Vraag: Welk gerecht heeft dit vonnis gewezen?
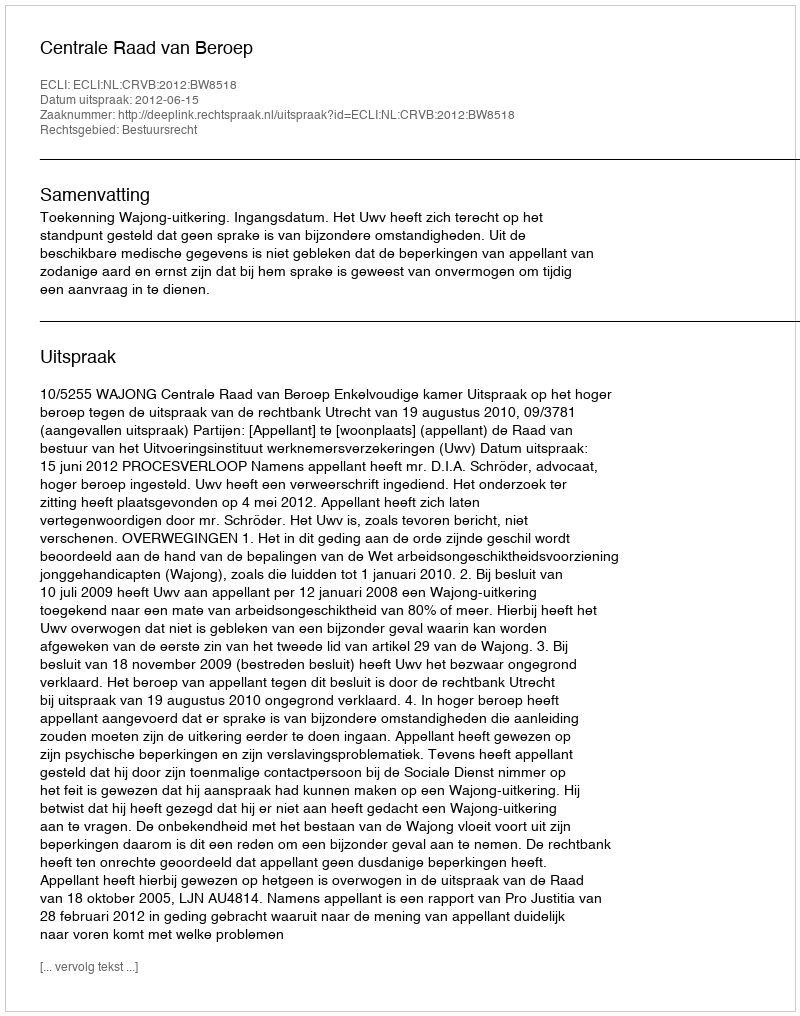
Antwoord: Centrale Raad van Beroep